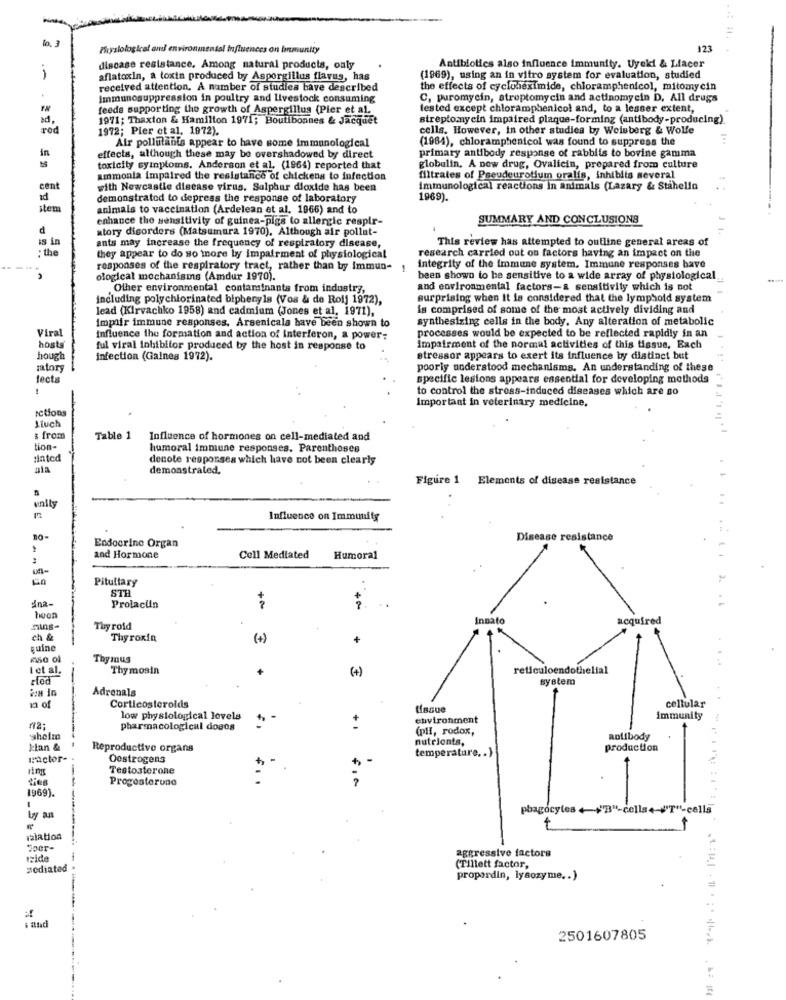
to. 3
Fryslological and environmental Influences on bnmunity
123
Antibiotics also influence immunity. Uyeki & Llacer
discase resistance, Among natural products, only
1
aflatoxin, a toxin produced by Aspergillus flavus, has
(1969), using an in vitro system for evaluation, studied
received attention. A number of studies have described
the effects of cycloheximide, chloramphenicol, mitomycin
Immunosuppression in poultry and Livestock consuming
C, puromycin, streptomycin and actinomy cin D. All drugs
feeds supporting the growth of Aspergillus (Pier et al.
tested except chloramphenicol and, to a lesser extent,
ad,
1971; Thaxton & Hamilton 1971; Boutibonnes & Jacquet
streptomycin impaired plaque-forming (antibody-producing)
rod
1972; Pier et al. 1972).
cells. However, in other studies by Weisberg & Wolfe
Air pollutants appear to have some immunological
(1964), chloramphenicol was found to suppress the
in
primary antibody response of rabbits to bovine gamma
effects, although these may be overshadowed by direct
toxicity symptoms. Anderson et al. (1964) reported that
globulin, A new drug, Ovalicin, prepared from culture
ammonia impaired the resistance of chickens to infection
filtrates of Pseudeurotium oralis, inhibits several
cent
with Newcastle disease virus. Sulphur dioxide has been
immunological reactions in animals (Lazary & Stahello
ad
demonstrated to depress the response of laboratory
1969).
item
animals to vaccination (Ardelean et al. 1966) and to
enhance the sensitivity of guinea-pigs lo allergic respir-
SUMMARY AND CONCLUSIONS
d
atory disorders (Matsumura 1970), Although air pollut-
is in
This review has attempted to outline general areas of
: the
ants may increase the frequency of respiratory disease,
they appear to do so more by impairment of physiological
research carried out on factors having an impact on the
responses of the respiratory tract, rather than by Immun-
1
integrity of the immune system. Immune responses have
ological mechanisms (Amdur 1970).
been shown to be sensitive to a wide array of physiological
Other environmental contaminants from industry,
and environmental factors-a sensitivity which is not
including polychlorinated biphenyls (Vos & de Rolj 1972),
surprising when it is considered that the lymphoid system
lead (Kirvachko 1958) and cadmium (Jones et al, 1971),
is comprised of some of the most actively dividing and
impair immune responses, Arsenicala have been shown to
synthesizing cells in the body. Any alteration of metabolic
Viral
influence the formation and action of interferon, a power-
processes would be expected to be reflected rapidly in an
hosts
ful viral inhibitor produced by the host in response to
impairment of the normal activities of this tissus, Each
hough
infection (Gaines 1972).
stressor appears to exert its influence by distinct but
zator
poorly understood mechanisms, An understanding of these
fects
specific lesions appears essential for developing methods
!
to control the stress-induced diseases which are so
Important in veterinary medicine.
Ictions
& from
Table 1
Influence of hormones on cell-mediated and
tion
humoral immune responses. Parentheses
Hated
denote responses which have not been clearly
1
demonstrated.
Figure 1 Elements of disease resistance
unity
Influence on Immunity
10-
Endocrine Organ
Disease resistance
and Hormone
Cell Mediated
Humoral
Pituitary
Ana-
STH
Prolaclin
hoon
Innato
acquired
Thy roid
ch &
Thyroxin
(+)
+
quine
Thy mus
I et al.
Thy mosin
(+)
reticuloendothelial
rtod
system
Adrenals
Corticosteroids
tissue
cellular
low physiological levels
environment
immunity
pharmacological dogos
(pH, rodox,
shelze
nutrients,
aolibody
k:lan &
Reproductive organs
temperature. . )
production
Factor-
Oestrogens
Testosterone
Progesterone
1969).
pbagocy(es + +B"-cella+-+'T"-cells
by an
Jour-
aggressive factors
zide
sediated
(Tillett factor,
propordin, lysozyme .. )
. and
2501607805